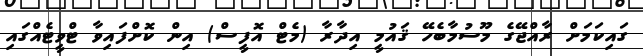
ގައިކަމަށް ރާއްޖޭގެ މޫސުމާބެހޭ ޤައުމީ އިދާރާ (މެޓް އޮފީސް) އިން ކޮށްފައިވާ ޓްވީޓެއްގައި